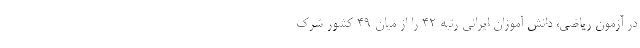
در آزمون ریاضی، دانش آموزان ایرانی رتبه ۴۲ را از میان ۴۹ کشور شرک